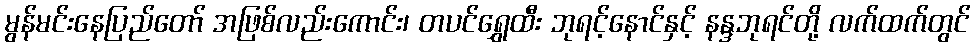
မွန်မင်းနေပြည်တော် အဖြစ်လည်းကောင်း၊ တပင်ရွှေထီး ဘုရင့်နောင်နှင့် နန္ဒဘုရင်တို့ လက်ထက်တွင်